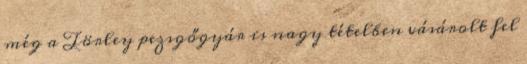
még a Törley pezsgőgyár is nagy tételben vásárolt fel